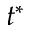
t ^ { * }